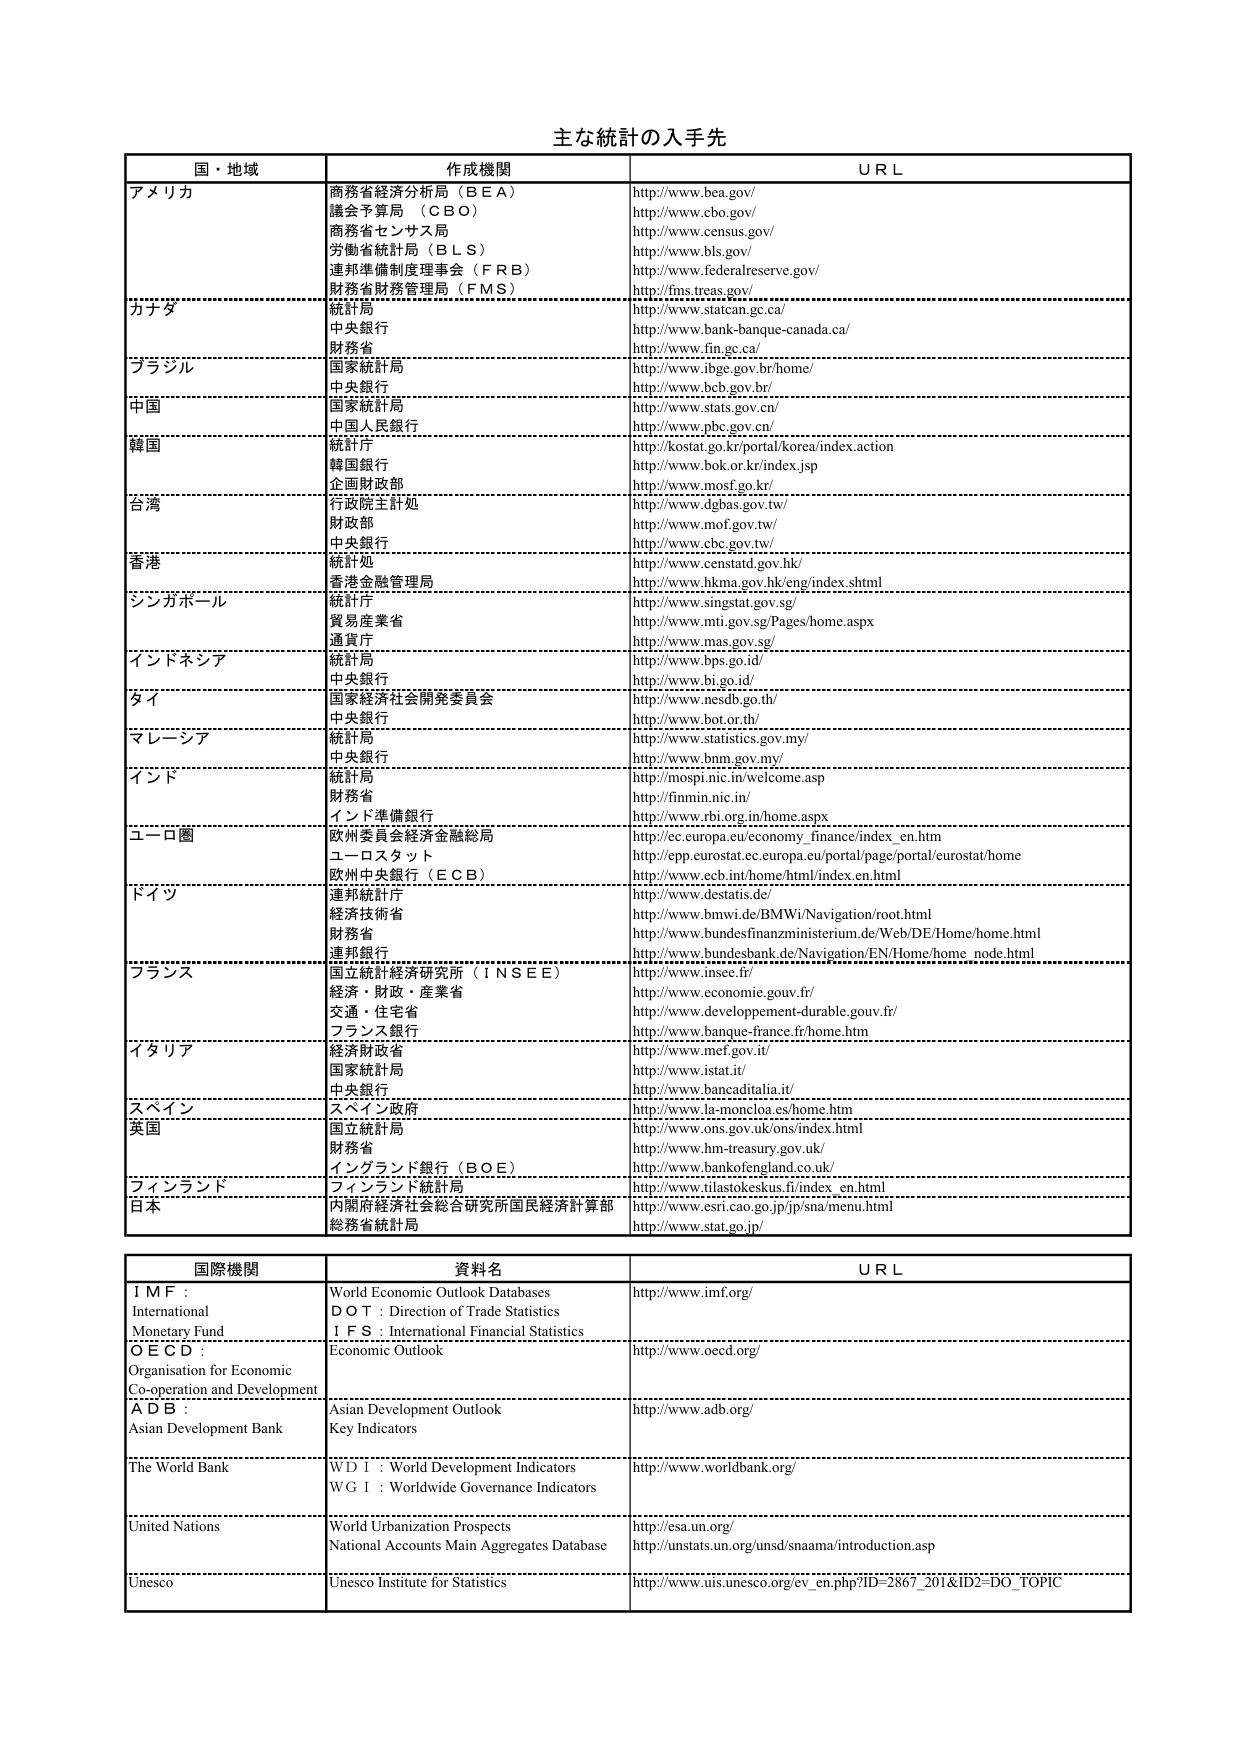
主な統計の入手先

国・地域　　　　　　　　　　　作成機関　　　　　　　　　　　　　　　　　　　　　ＵＲＬ

アメリカ　　　　　　　　　　商務省経済分析局（ＢＥＡ）　　　　　　　　　　　　http://www.bea.gov/
　　　　　　　　　　　　　　議会予算局（ＣＢＯ）　　　　　　　　　　　　　　　　http://www.cbo.gov/
　　　　　　　　　　　　　　商務省センサス局　　　　　　　　　　　　　　　　　　http://www.census.gov/
　　　　　　　　　　　　　　労働省統計局（ＢＬＳ）　　　　　　　　　　　　　　　http://www.bls.gov/
　　　　　　　　　　　　　　連邦準備制度理事会（ＦＲＢ）　　　　　　　　　　　　http://www.federalreserve.gov/
　　　　　　　　　　　　　　財務省財務管理局（ＦＭＳ）　　　　　　　　　　　　　http://fms.treas.gov/

カナダ　　　　　　　　　　　統計局　　　　　　　　　　　　　　　　　　　　　　http://www.statcan.gc.ca/
　　　　　　　　　　　　　　中央銀行　　　　　　　　　　　　　　　　　　　　　　http://www.bank-banque-canada.ca/
　　　　　　　　　　　　　　財務省　　　　　　　　　　　　　　　　　　　　　　　http://www.fin.gc.ca/

ブラジル　　　　　　　　　　国家統計局　　　　　　　　　　　　　　　　　　　　　http://www.ibge.gov.br/home/
　　　　　　　　　　　　　　中央銀行　　　　　　　　　　　　　　　　　　　　　　http://www.bcb.gov.br/

中国　　　　　　　　　　　　国家統計局　　　　　　　　　　　　　　　　　　　　　http://www.stats.gov.cn/
　　　　　　　　　　　　　　中国人民銀行　　　　　　　　　　　　　　　　　　　　http://www.pbc.gov.cn/

韓国　　　　　　　　　　　　統計庁　　　　　　　　　　　　　　　　　　　　　　http://kostat.go.kr/portal/korea/index.action
　　　　　　　　　　　　　　韓国銀行　　　　　　　　　　　　　　　　　　　　　　http://www.bok.or.kr/index.jsp
　　　　　　　　　　　　　　企画財政部　　　　　　　　　　　　　　　　　　　　　http://www.mosf.go.kr/

台湾　　　　　　　　　　　　行政院主計處　　　　　　　　　　　　　　　　　　　　http://www.dgbas.gov.tw/
　　　　　　　　　　　　　　財政部　　　　　　　　　　　　　　　　　　　　　　　http://www.mof.gov.tw/
　　　　　　　　　　　　　　中央銀行　　　　　　　　　　　　　　　　　　　　　　http://www.cbc.gov.tw/

香港　　　　　　　　　　　　統計処　　　　　　　　　　　　　　　　　　　　　　http://www.censtatd.gov.hk/
　　　　　　　　　　　　　　香港金融管理局　　　　　　　　　　　　　　　　　　　http://www.hkma.gov.hk/eng/index.shtml

シンガポール　　　　　　　　統計庁　　　　　　　　　　　　　　　　　　　　　　http://www.singstat.gov.sg/
　　　　　　　　　　　　　　貿易産業省　　　　　　　　　　　　　　　　　　　　　http://www.mti.gov.sg/Pages/home.aspx
　　　　　　　　　　　　　　通貨庁　　　　　　　　　　　　　　　　　　　　　　　http://www.mas.gov.sg/

インドネシア　　　　　　　　統計局　　　　　　　　　　　　　　　　　　　　　　http://www.bps.go.id/
　　　　　　　　　　　　　　中央銀行　　　　　　　　　　　　　　　　　　　　　　http://www.bi.go.id/

タイ　　　　　　　　　　　　国家経済社会開発委員会　　　　　　　　　　　　　　http://www.nesdb.go.th/
　　　　　　　　　　　　　　中央銀行　　　　　　　　　　　　　　　　　　　　　　http://www.bot.or.th/

マレーシア　　　　　　　　　統計局　　　　　　　　　　　　　　　　　　　　　　http://www.statistics.gov.my/
　　　　　　　　　　　　　　中央銀行　　　　　　　　　　　　　　　　　　　　　　http://www.bnm.gov.my/

インド　　　　　　　　　　　統計局　　　　　　　　　　　　　　　　　　　　　　http://mospi.nic.in/welcome.asp
　　　　　　　　　　　　　　財務省　　　　　　　　　　　　　　　　　　　　　　　http://finmin.nic.in/
　　　　　　　　　　　　　　インド準備銀行　　　　　　　　　　　　　　　　　　　http://www.rbi.org.in/home.aspx

ユーロ圏　　　　　　　　　　欧州委員会経済金融総局　　　　　　　　　　　　　　http://ec.europa.eu/economy_finance/index_en.htm
　　　　　　　　　　　　　　ユーロスタット　　　　　　　　　　　　　　　　　　　http://epp.eurostat.ec.europa.eu/portal/page/portal/eurostat/home
　　　　　　　　　　　　　　欧州中央銀行（ＥＣＢ）　　　　　　　　　　　　　　　http://www.ecb.int/home/html/index.en.html

ドイツ　　　　　　　　　　　連邦統計庁　　　　　　　　　　　　　　　　　　　　　http://www.destatis.de/
　　　　　　　　　　　　　　経済技術省　　　　　　　　　　　　　　　　　　　　　http://www.bmwi.de/BMWi/Navigation/root.html
　　　　　　　　　　　　　　財務省　　　　　　　　　　　　　　　　　　　　　　　http://www.bundesfinanzministerium.de/Web/DE/Home/home.html
　　　　　　　　　　　　　　連邦銀行　　　　　　　　　　　　　　　　　　　　　　http://www.bundesbank.de/Navigation/EN/Home/home_node.html

フランス　　　　　　　　　　国立統計経済研究所（ＩＮＳＥＥ）　　　　　　　　　　http://www.insee.fr/
　　　　　　　　　　　　　　経済・財政・産業省　　　　　　　　　　　　　　　　　http://www.economie.gouv.fr/
　　　　　　　　　　　　　　交通・住宅省　　　　　　　　　　　　　　　　　　　　　http://www.developpement-durable.gouv.fr/
　　　　　　　　　　　　　　フランス銀行　　　　　　　　　　　　　　　　　　　　　http://www.banque-france.fr/home.htm

イタリア　　　　　　　　　　経済財政省　　　　　　　　　　　　　　　　　　　　　http://www.mef.gov.it/
　　　　　　　　　　　　　　国家統計局　　　　　　　　　　　　　　　　　　　　　　http://www.istat.it/
　　　　　　　　　　　　　　中央銀行　　　　　　　　　　　　　　　　　　　　　　http://www.bancaditalia.it/

スペイン　　　　　　　　　　スペイン政府　　　　　　　　　　　　　　　　　　　　http://www.la-moncloa.es/home.htm

英国　　　　　　　　　　　　国立統計局　　　　　　　　　　　　　　　　　　　　　http://www.ons.gov.uk/ons/index.html
　　　　　　　　　　　　　　財務省　　　　　　　　　　　　　　　　　　　　　　　http://www.hm-treasury.gov.uk/
　　　　　　　　　　　　　　イングランド銀行（ＢＯＥ）　　　　　　　　　　　　　　http://www.bankofengland.co.uk/

フィンランド　　　　　　　　フィンランド統計局　　　　　　　　　　　　　　　　　http://www.tilastokeskus.fi/index_en.html

日本　　　　　　　　　　　　内閣府経済社会総合研究所国民経済計算部　　　　http://www.esri.cao.go.jp/jp/sna/menu.html
　　　　　　　　　　　　　　総務省統計局　　　　　　　　　　　　　　　　　　　　http://www.stat.go.jp/

国際機関　　　　　　　　　　資料名　　　　　　　　　　　　　　　　　　　　　　ＵＲＬ

ＩＭＦ：　　　　　　　　　　World Economic Outlook Databases　　　　　　　　　　http://www.imf.org/
International　　　　　　　　ＤＯＴ：Direction of Trade Statistics
Monetary Fund　　　　　　　　ＩＦＳ：International Financial Statistics
ＯＥＣＤ：　　　　　　　　　　Economic Outlook　　　　　　　　　　　　　　　　　　http://www.oecd.org/
Organisation for Economic
Co-operation and Development
ＡＤＢ：　　　　　　　　　　Asian Development Outlook　　　　　　　　　　　　　　http://www.adb.org/
Asian Development Bank　　　Key Indicators

The World Bank　　　　　　　　ＷＤＩ：World Development Indicators　　　　　　　　　http://www.worldbank.org/
　　　　　　　　　　　　　　ＷＧＩ：Worldwide Governance Indicators

United Nations　　　　　　　　World Urbanization Prospects　　　　　　　　　　　　http://esa.un.org/
　　　　　　　　　　　　　　National Accounts Main Aggregates Database　　　　http://unstats.un.org/unsd/snaama/introduction.asp

Unesco　　　　　　　　　　　Unesco Institute for Statistics　　　　　　　　　　　　http://www.uis.unesco.org/ev_en.php?ID=2867_201&ID2=DO_TOPIC